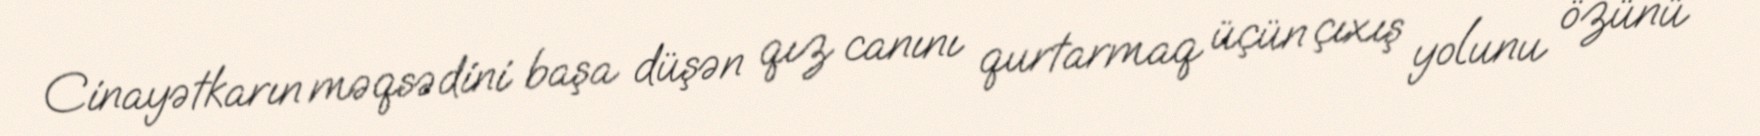
Cinayətkarın məqsədini başa düşən qız canını qurtarmaq üçün çıxış yolunu özünü